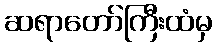
ဆရာတော်ကြီးထံမှ